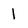
Character: 1